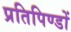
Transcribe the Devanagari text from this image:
प्रतिपिण्डों